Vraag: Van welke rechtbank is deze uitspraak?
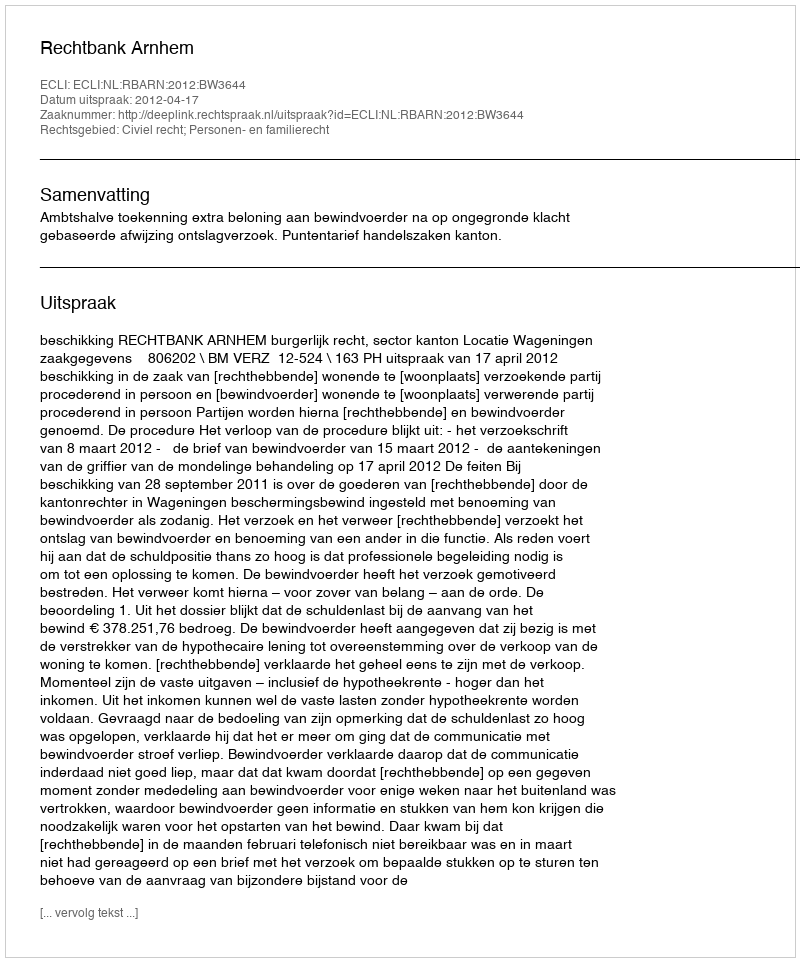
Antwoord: Rechtbank Arnhem